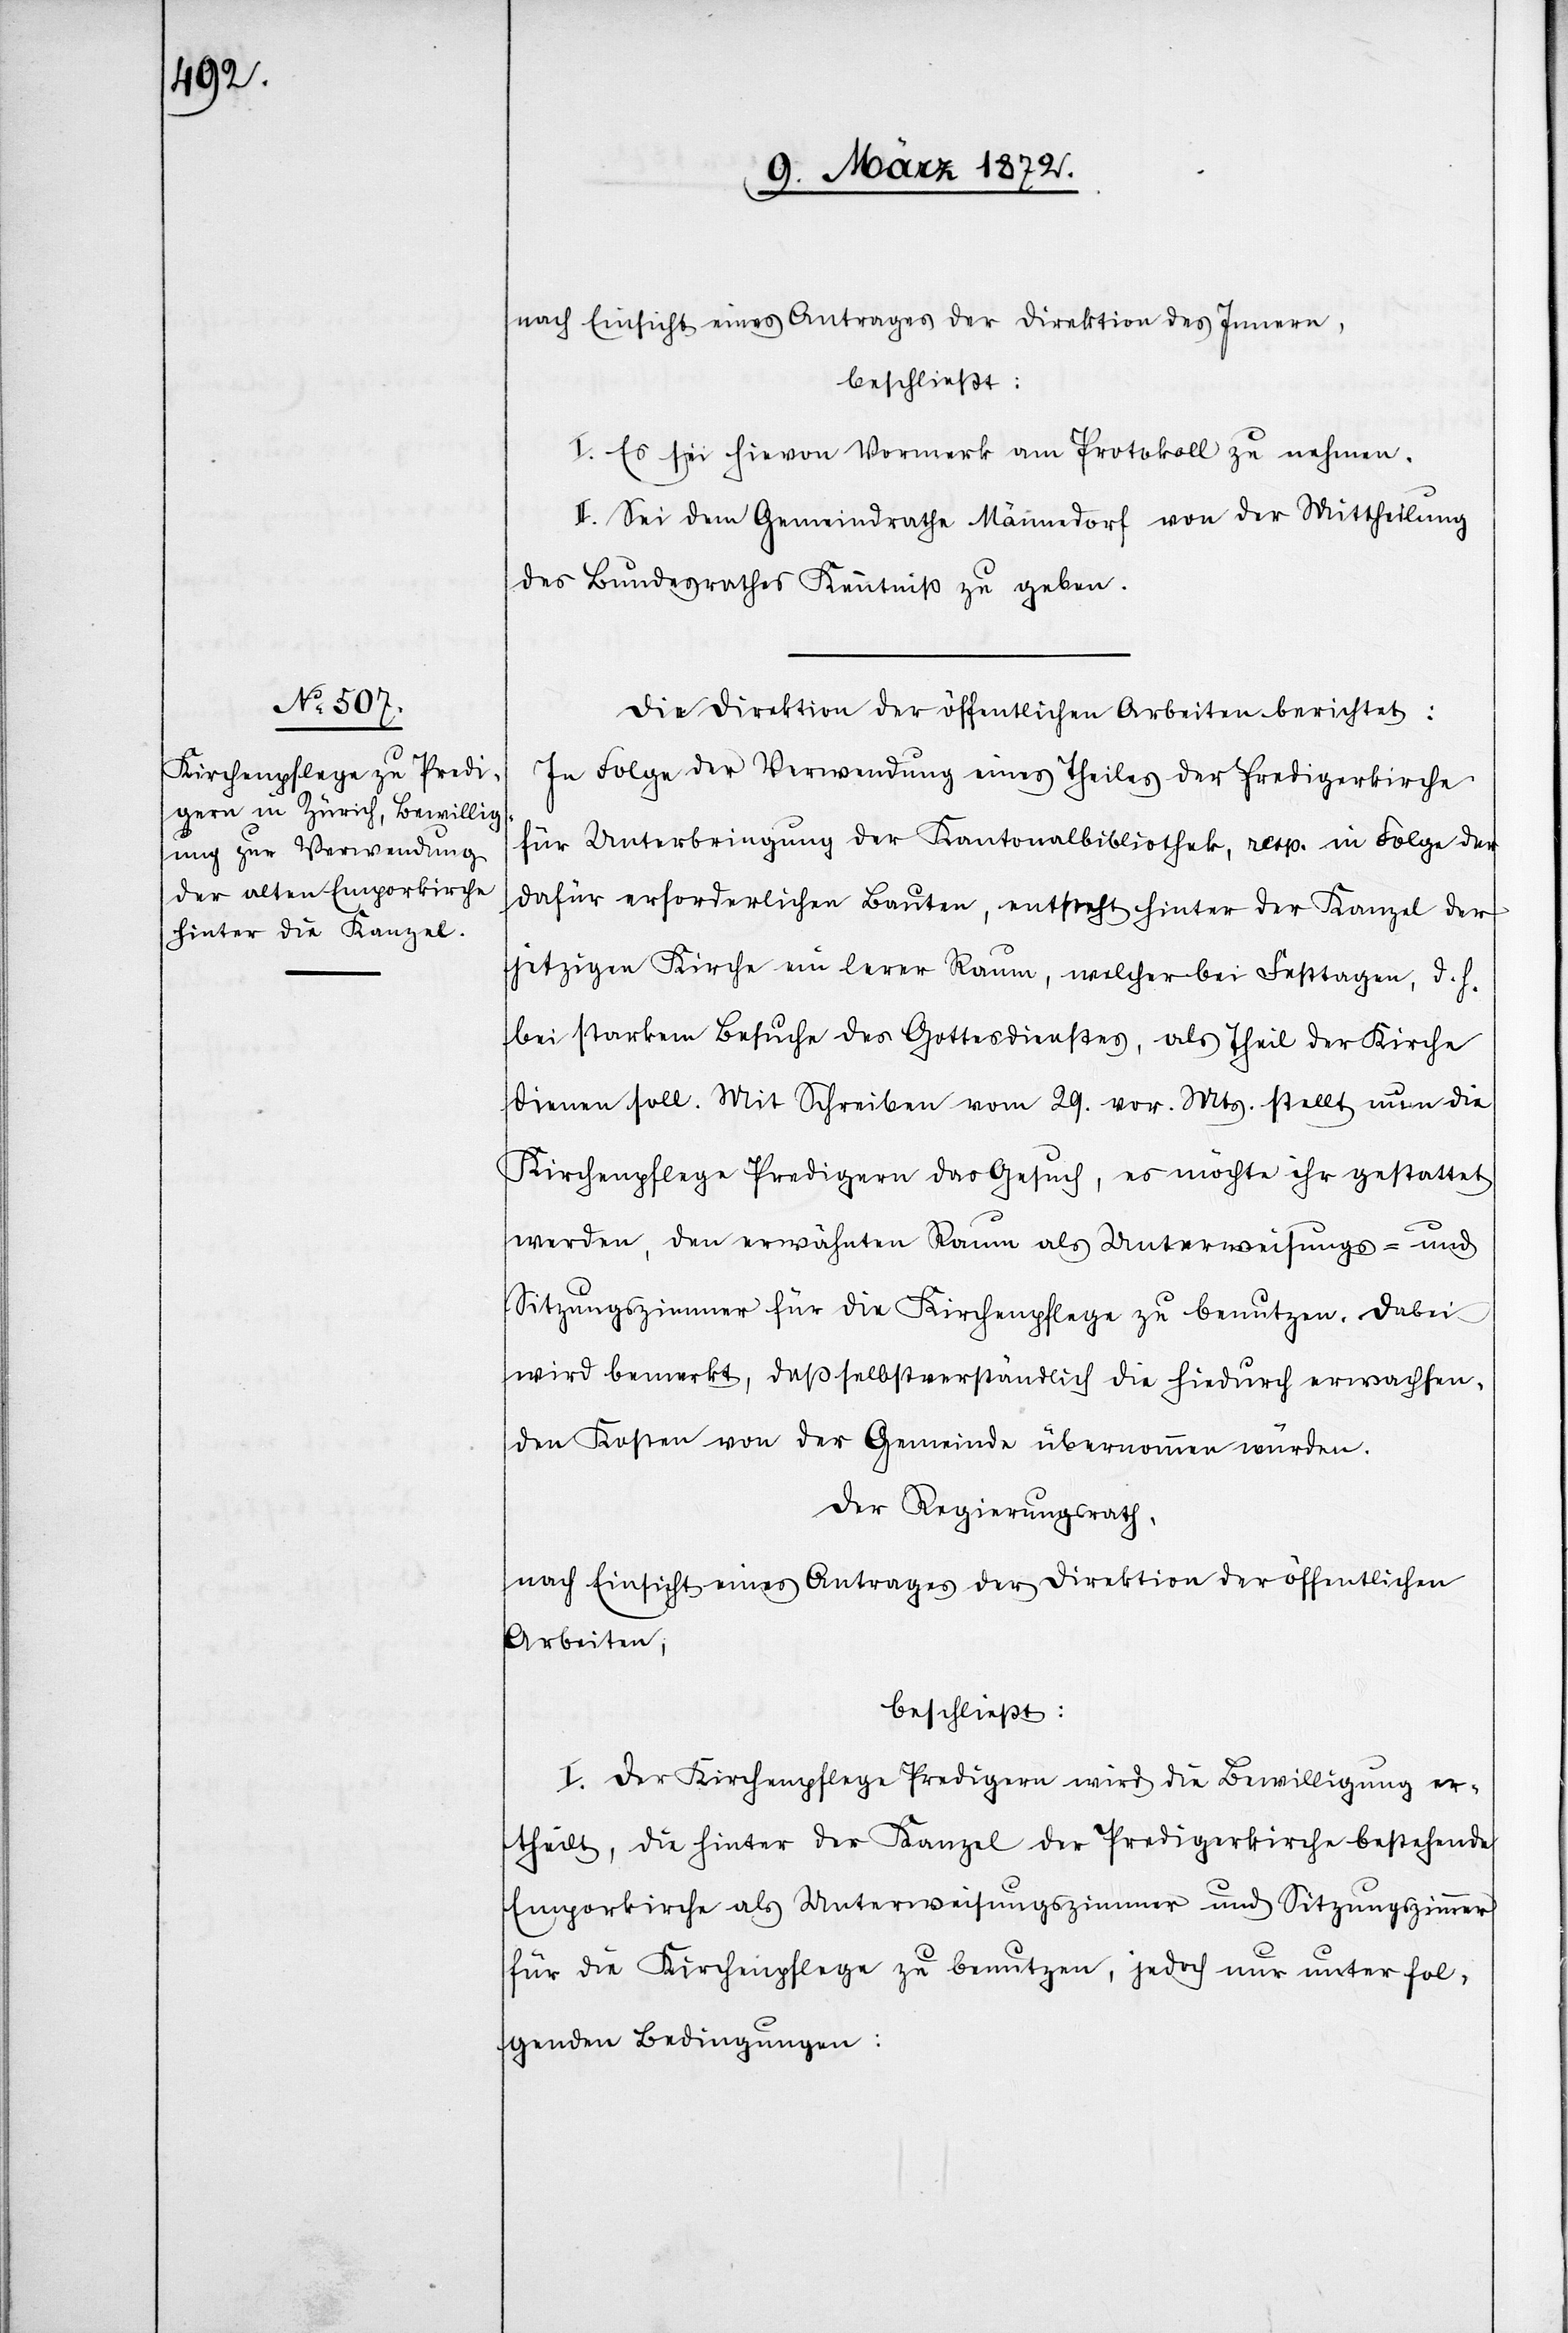
nach Einsicht eines Antrages der Direktion des Innern,
beschließt:
I. Es sei hievon Vormerk am Protokoll zu nehmen.
II. Sei dem Gemeindrathe Männedorf von der Mittheilung
des Bundesrathes Kenntniß zu geben.
Die Direktion der öffentlichen Arbeiten berichtet:
In Folge der Verwendung eines Theiles der Predigerkirche
für Unterbringung der Kantonalbibliothek, resp. in Folge der
dafür erforderlichen Bauten, entsteht hinter der Kanzel der
jetzigen Kirche ein le[e]rer Raum, welcher bei Festtagen, d. h.
bei starkem Besuche des Gottesdienstes, als Theil der Kirche
dienen soll. Mit Schreiben vom 29. vor. Mts. stellt nun die
Kirchenpflege Predigern das Gesuch, es möchte ihr gestattet
werden, den erwähnten Raum als Unterweisungs- und
Sitzungszimmer für die Kirchenpflege zu benutzen. Dabei
wird bemerkt, daß selbstverständlich die hiedurch erwachsen¬
den Kosten von der Gemeinde übernommen würden.
Der Regierungsrath,
nach Einsicht eines Antrages der Direktion der öffentlichen
Arbeiten,
beschließt:
I. Der Kirchenpflege Predigern wird die Bewilligung er¬
theilt, die hinter der Kanzel der Predigerkirche bestehende
Emporkirche als Unterweisungszimmer und Sitzungszimmer
für die Kirchenpflege zu benutzen, jedoch nur unter fol¬
genden Bedingungen: